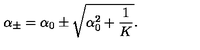
{ \alpha } _ { \pm } = { \alpha } _ { 0 } \pm \sqrt { { \alpha } _ { 0 } ^ { 2 } + { \frac { 1 } { K } } } { } .